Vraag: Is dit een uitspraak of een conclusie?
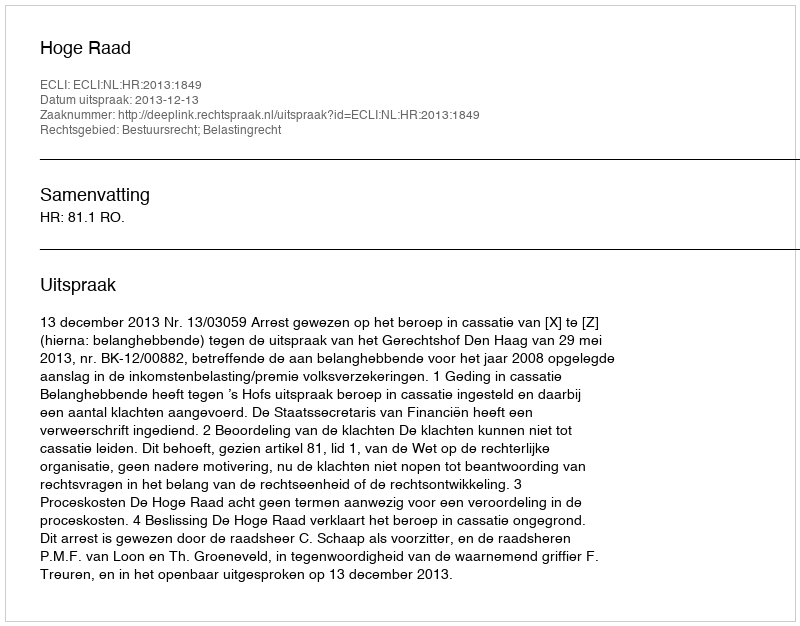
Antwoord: Uitspraak